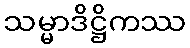
သမ္မာဒိဋ္ဌိကဿ